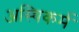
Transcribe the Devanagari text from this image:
अस्थिकर्म